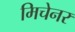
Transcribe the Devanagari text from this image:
मिचेनर